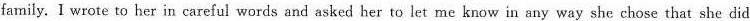
family. I wrote to her in careful words and asked her to let me know in any way she chose that she did